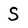
Character: s